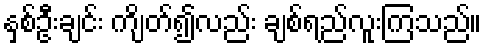
နှစ်ဦးချင်း ကျိတ်၍လည်း ချစ်ရည်လူးကြသည်။